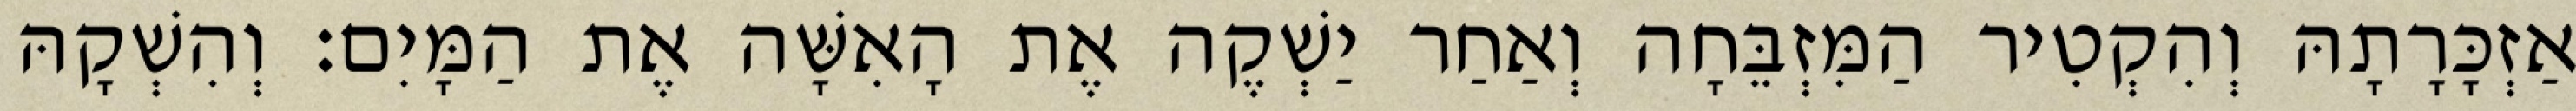
אַזְכָּרָתָהּ וְהִקְטִיר הַמִּזְבֵּחָה וְאַחַר יַשְׁקֶה אֶת הָאִשָּׁה אֶת הַמָּיִם׃ וְהִשְׁקָהּ